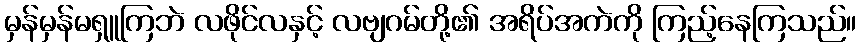
မှန်မှန်မရှူကြဘဲ လဖိုင်လနှင့် လဗျဂမ်တို့၏ အရိပ်အကဲကို ကြည့်နေကြသည်။